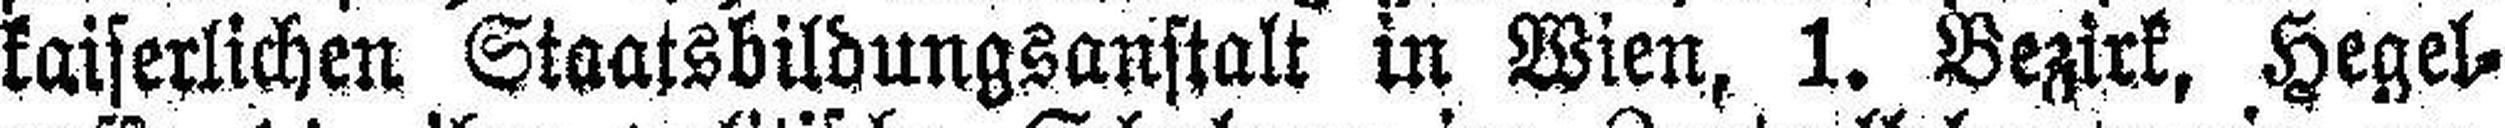
kaiserlichen Staatsbildungsanstalt in Wien, 1. Bezirk, Hegel¬